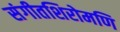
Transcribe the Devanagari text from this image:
संगीतशिरोमणि